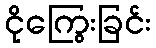
ငိုကြွေးခြင်း